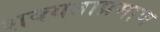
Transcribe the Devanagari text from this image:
शक्यताप्रमाण